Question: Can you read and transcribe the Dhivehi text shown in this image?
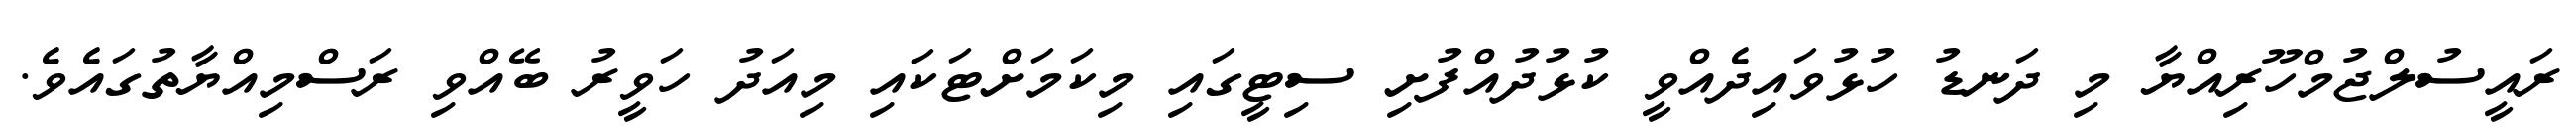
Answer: ރައީސުލްޖުމްހޫރިއްޔާ މި ދަނޑު ހުޅުވައިދެއްވީ ކުޅުދުއްފުށި ސިޓީގައި މިކަމަށްޓަކައި މިއަދު ހަވީރު ބޭއްވި ރަސްމިއްޔާތުގައެވެ.